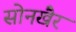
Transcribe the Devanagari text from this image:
सोनखैर